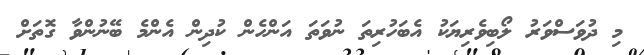
މި ދުވަސްވަރު ލޯބިވެރިޔަކު އެބަހުރިތަ ނުވަތަ އަންހެން ކުދިން އެންމެ ބޭނުންވާ ގޮތަށް